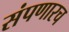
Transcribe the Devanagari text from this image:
संपणारच